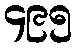
၄၉၅